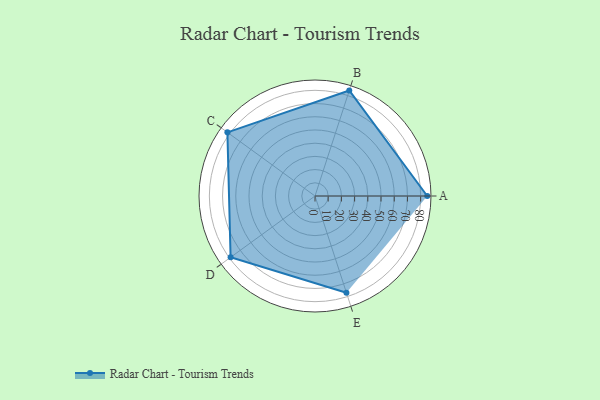
{"axis": {"x": "Skill", "y": "Score"}, "legend": ["Profile"], "data": [{"x": "A", "y": 85.0, "type": "Profile"}, {"x": "B", "y": 84.0, "type": "Profile"}, {"x": "C", "y": 82.0, "type": "Profile"}, {"x": "D", "y": 79.0, "type": "Profile"}, {"x": "E", "y": 77.0, "type": "Profile"}]}